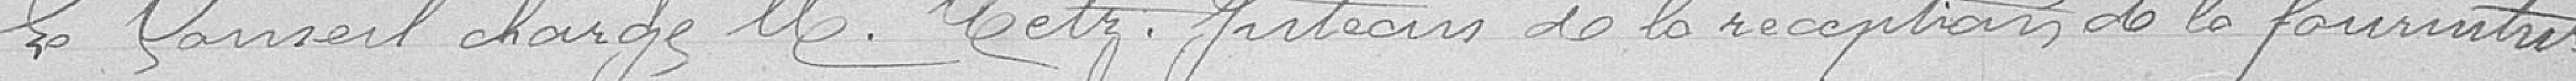
Le Conseil charge Monsieur Metz Juteau de la réception de la fourniture